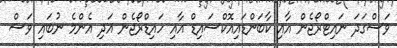
ވަސްގަދަ ނައިޓްރޯޖެން އާއި ކާބަންޑައިއޮކްސައިޑް އާއި ހައިޑްރޯޖެން އަދި އެންމެ ނުބައި ވަސް